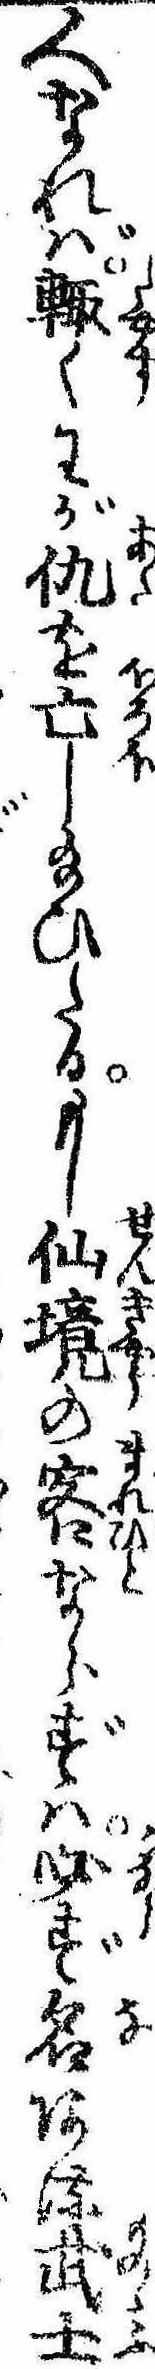
人なれば輙くわが仇を亡し給ひたるもし仙境の客ならずは必ず名ある武士